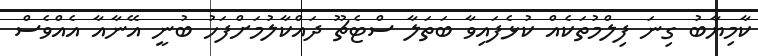
ކާމިޔާބު ގިނަ ފިލްމުތަކެއް ކުޅެފައިވާ ބަތަލާ ސްޓެޗޫ ދައްކާލުމަށްފަހު ބުނީ އޭނާއާ އެއްވެސް